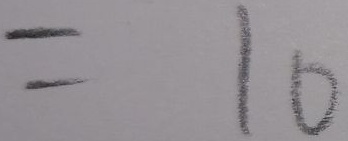
= 1 0